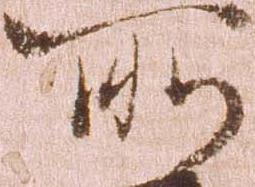
所